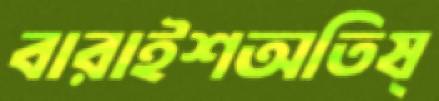
বারাইশঅতিষ্